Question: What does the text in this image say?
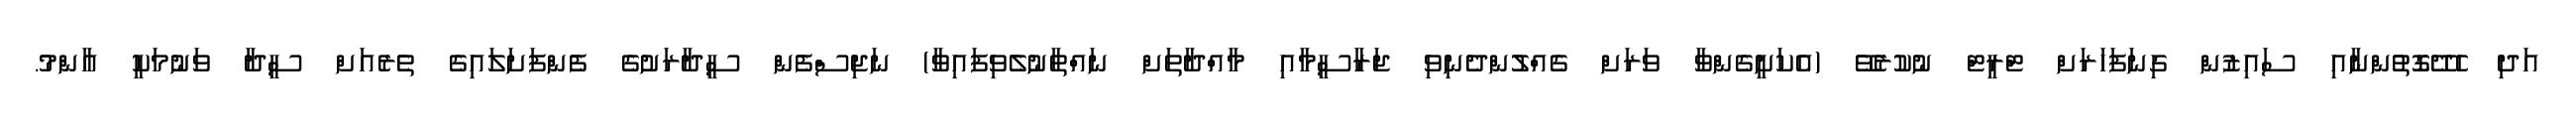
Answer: އަދި ހެދޭގޮތުންނާއި ސައިޒުން ގިނަފަހަރަށް ޓްރީޓް ނުކުރެވޭ (އެކަށީގެންވާ ވަރަށް ގެއްލުންދެނިވި ޖަރާސީމާއި މާއްދާތަށް ނައްތާނުލެވިފައިވާ) ނަޖިސްފެން ސީދާރަށުގެ ފެންފަށަލައިގެ ތެރެއަށް ސީދާ ވަނުމަކީ އާންމު.